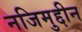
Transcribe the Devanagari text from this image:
नजिमुद्दीन